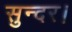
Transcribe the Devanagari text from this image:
सुन्दर।